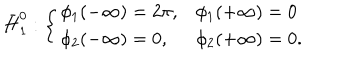
\bar { H } _ { 1 } ^ { 0 } : \left\{ \begin{array} { l l } { { \phi _ { 1 } ( - \infty ) = 2 \pi , } } & { { \phi _ { 1 } ( + \infty ) = 0 } } \\ { { \phi _ { 2 } ( - \infty ) = 0 , } } & { { \phi _ { 2 } ( + \infty ) = 0 . } } \\ \end{array} \right.